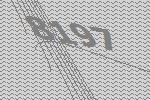
8197